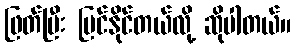
ဖြတ်ပြီး မြင်နိုင်တယ်လို့ ဆိုပါတယ်။